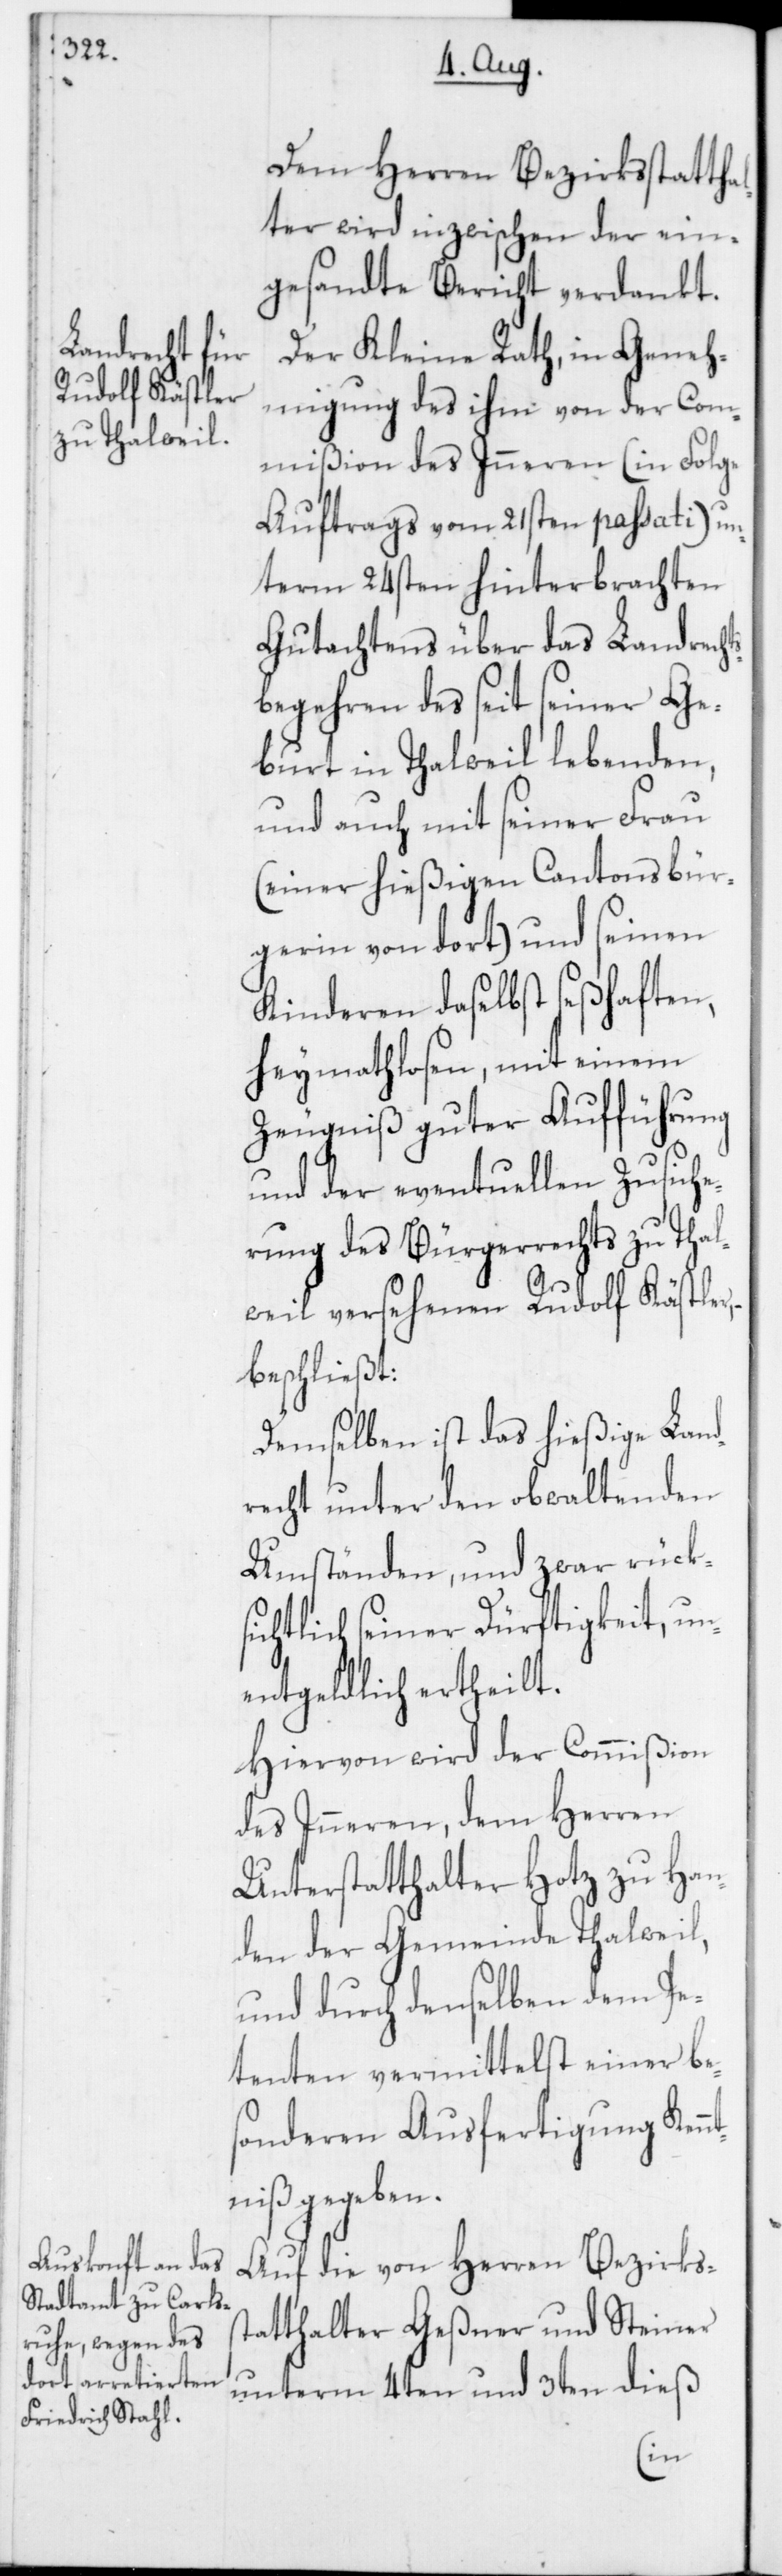
Dem Herren Bezirksstatthal¬
ter wird inzwischen der ein¬
gesandte Bericht verdankt.
Der Kleine Rath, in Geneh¬
migung des ihm von der Com¬
mißion des Inneren (in Folge
Auftrags vom 21sten passati) un¬
term 24sten hinterbrachten
Gutachtens über das Landrecht¬
sbegehren des seit seiner Ge¬
burt in Thalweil lebenden,
und auch mit seiner Frau
(einer hießigen Cantonsbür¬
gerin von dort) und seinen
Kinderen daselbst seßhaften,
heymathlosen, mit einem
Zeugniß guter Aufführung
und der eventuellen Zusiche¬
rung des Bürgerrechts zu Thal¬
weil versehenen Rudolf Kästler,
beschließt:
Demselben ist das hießige Land¬
recht unter den obwaltenden
Umständen, und zwar rüks¬
ichtlich seiner Dürftigkeit, un¬
entgeldlich ertheilt.
Hiervon wird der Commißion
des Inneren, dem Herren
Unterstatthalter Hotz zu Han¬
den der Gemeinde Thalweil,
und durch denselben dem Pe¬
tenten vermittelst einer be¬
sonderen Ausfertigung Kennt¬
niß gegeben.
Auf die von Herren Bezirksst¬
atthalter Geßner und Steiner
unterm 4ten und 3ten dieß